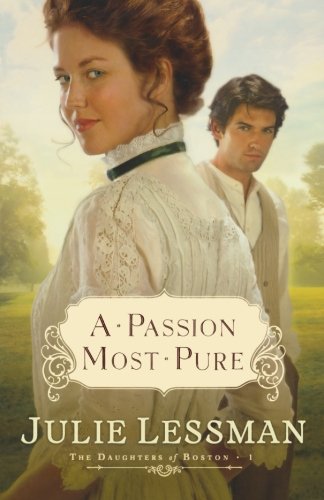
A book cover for A Passion Most Pure (Daughters of Boston, Book 1); Julie Lessman; Romance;